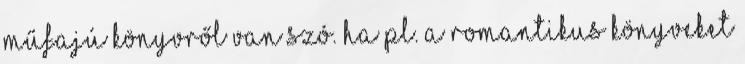
műfajú könyvről van szó. Ha pl. a romantikus könyveket